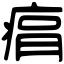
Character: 㾓